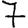
Digit: 7